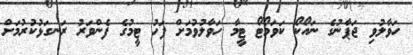
ހަވާލުވި ޖަޕާނުގެ ނައޯކޯ ކަވަމޯޓޯ ޓީމާ ހަވާލުވުމަށް ފަހު ޓީމުގެ ފެންވަރު ރަނގަޅުކުރުމަށް